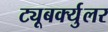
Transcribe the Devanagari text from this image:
ट्यूबर्क्युलर